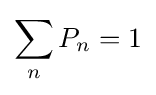
\sum _{n}P_{n}=1